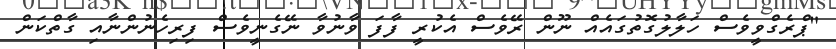
"ޕްރެގްވީވެސް ހަލާލުގޮތުގައެއް ނޫން ރޭވެސް އެކުރީ ފާފަ ވާނުވާ ނޭގެނީވެސް ފިރިހެނުންނާއި ގާތްކަން